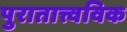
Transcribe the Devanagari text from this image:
पुरातात्त्वविक